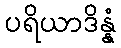
ပရိယာဒိန္နံ